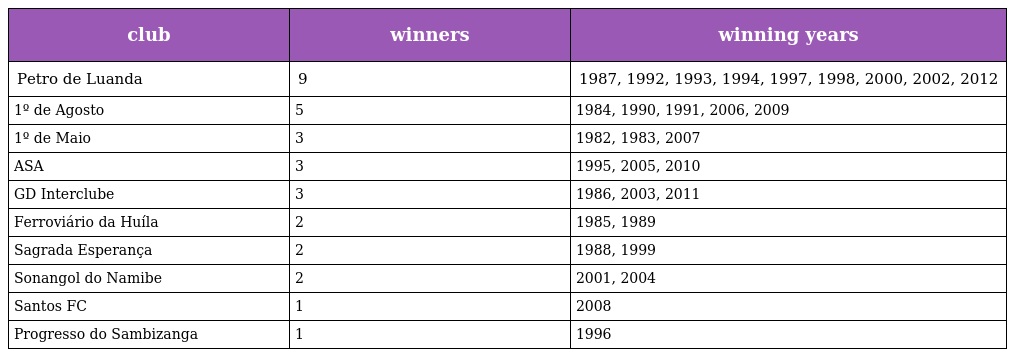
| club | winners | winning years |
 | --- | --- | --- |
 | Petro de Luanda | 9 | 1987, 1992, 1993, 1994, 1997, 1998, 2000, 2002, 2012 |
 | 1º de Agosto | 5 | 1984, 1990, 1991, 2006, 2009 |
 | 1º de Maio | 3 | 1982, 1983, 2007 |
 | ASA | 3 | 1995, 2005, 2010 |
 | GD Interclube | 3 | 1986, 2003, 2011 |
 | Ferroviário da Huíla | 2 | 1985, 1989 |
 | Sagrada Esperança | 2 | 1988, 1999 |
 | Sonangol do Namibe | 2 | 2001, 2004 |
 | Santos FC | 1 | 2008 |
 | Progresso do Sambizanga | 1 | 1996 |